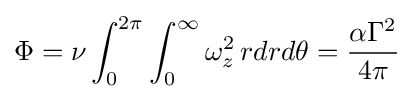
\Phi =\nu \int _{0}^{2\pi }\int _{0}^{\infty }\omega _{z}^{2}\,rdrd\theta ={\frac {\alpha \Gamma ^{2}}{4\pi }}